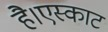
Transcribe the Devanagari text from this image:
है।एस्काट